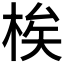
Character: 𬂼